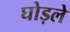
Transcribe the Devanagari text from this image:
घोड़ले